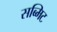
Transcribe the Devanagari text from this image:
सब्मिट